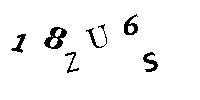
18ZU6S